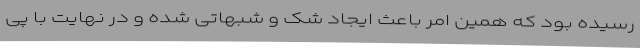
رسیده بود که همین امر باعث ایجاد شک و شبهاتی شده و در نهایت با پی